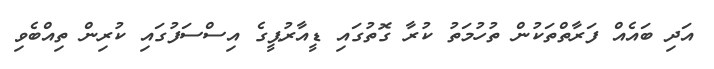
އަދި ބައެއް ފަރާތްތަކުން ތުހުމަތު ކުރާ ގޮތުގައި ޑީއާރުޕީގެ އިސްސަފުގައި ކުރިން ތިއްބެވި